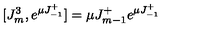
[ J _ { m } ^ { 3 } , e ^ { \mu J _ { - 1 } ^ { + } } ] = \mu J _ { m - 1 } ^ { + } e ^ { \mu J _ { - 1 } ^ { + } }